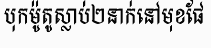
បុកម៉ូតូស្លាប់២នាក់នៅមុខផែ